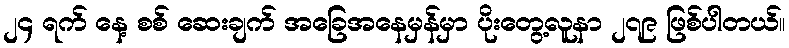
၂၄ ရက် နေ့ စစ် ဆေးချက် အခြေအနေမှန်မှာ ပိုးတွေ့လူနာ ၂၇၉ ဖြစ်ပါတယ်။